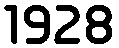
1928